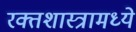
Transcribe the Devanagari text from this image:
रक्तशास्त्रामध्ये